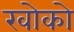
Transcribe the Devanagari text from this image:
खोको